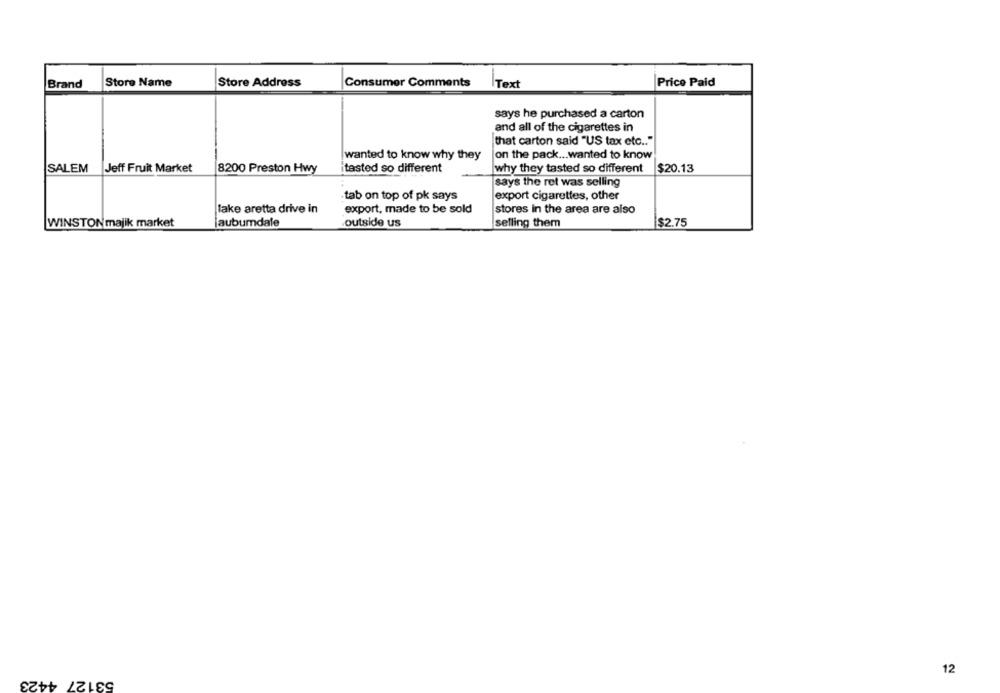
Store Name
Store Address
Price Paid
Brand
Consumer Comments
Text
says he purchased a carton
and all of the cigarettes in
that carton said "US tax etc .. "
wanted to know why they
on the pack ... wanted to know
SALEM
Jeff Fruit Market
8200 Preston Hwy
tasted so different
why they tasted so different
$20.13
says the ret was selling
tab on top of pk says
export cigarettes, other
lake aretta drive in
export, made to be sold
stores in the area are also
outside us
$2.75
WINSTON majik market
laubumdale
selling them
12
53127 4423